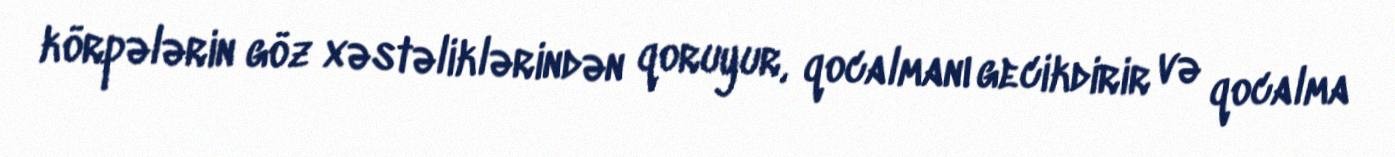
körpələrin göz xəstəliklərindən qoruyur, qocalmanı gecikdirir və qocalma